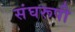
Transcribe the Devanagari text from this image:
संघरूपी